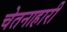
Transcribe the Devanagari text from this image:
चेतनाहारी